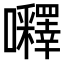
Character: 𡅵